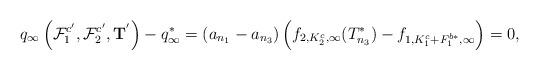
LaTeX: \begin{align*}q_{\infty}\left(\mathcal F_1^{c'},\mathcal F_2^{c'},\mathbf T^{'}\right)-q_{\infty}^{*}=\left(a_{n_1}-a_{n_3}\right)\left(f_{2,K_2^c,\infty}(T_{n_3}^{*})-f_{1,K_1^c+F_1^{b*},\infty}\right)= 0,\end{align*}